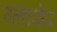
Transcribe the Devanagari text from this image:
ग्लासेर